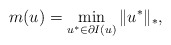
\begin{align*}m(u)=\min_{u^*\in\partial I(u)}\|u^*\|_*,\end{align*}